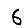
Digit: 6